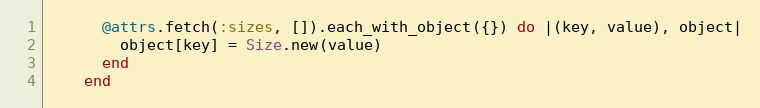
Language: Ruby
      @attrs.fetch(:sizes, []).each_with_object({}) do |(key, value), object|
        object[key] = Size.new(value)
      end
    end